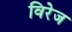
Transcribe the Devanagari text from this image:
विरेज